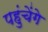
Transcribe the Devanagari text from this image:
पहुंचेंगे